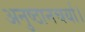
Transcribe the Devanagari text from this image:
अनुष्ठानचर्या।